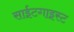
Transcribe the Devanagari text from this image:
साईटगाइस्ट